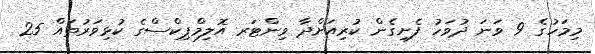
މިމަހުގެ 9 ވަނަ ދުވަހު ފެށިގެން ކުރިއަށްދާ ވިންޓަރ އޮލިމްޕިކްސްގެ ކުޅިވަރުތައް 25